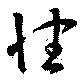
性